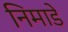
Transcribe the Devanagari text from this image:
निमाडे